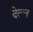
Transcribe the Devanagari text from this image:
देल्ल